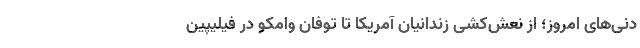
دنی‌های امروز؛ از نعش‌کِشی زندانیان آمریکا تا توفان وامکو در فیلیپین